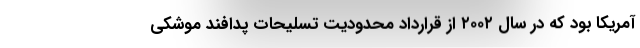
آمریکا بود که در سال ۲۰۰۲ از قرارداد محدودیت تسلیحات پدافند موشکی